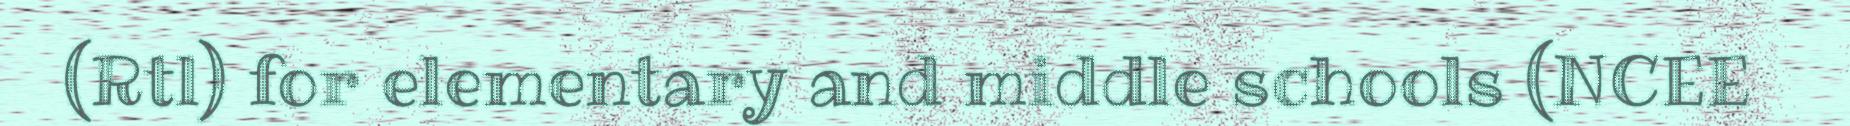
(Rtl) for elementary and middle schools (NCEE